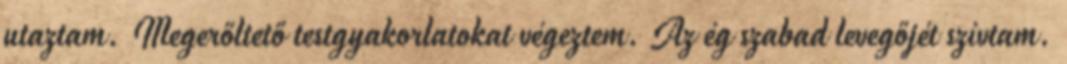
utaztam. Megerőltető testgyakorlatokat végeztem. Az ég szabad levegőjét szívtam.